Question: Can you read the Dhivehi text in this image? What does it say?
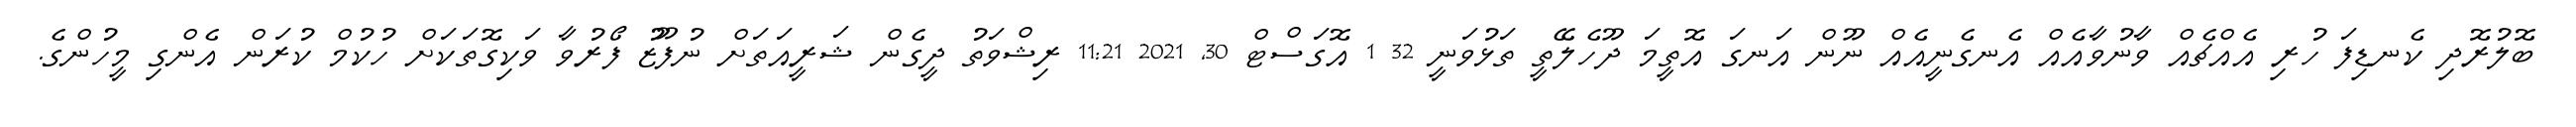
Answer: ބޮލުރޮދި ކެނޑިފަ ހުރި އެއްޗެއް ވާނުވާއެއް އެނގެނީއެއް ނޫން އަނގަ އޮތީމަ ދޫހެލޭތީ ތަޅުވަނީ 32 1 އޮގަސްޓް 30, 2021 11:21 ރިޝްވަތު ދީގެން ޝަރީއަތަށް ނުފޫޒު ފޯރުވާ ވަކިގޮތަކަށް ހުކުމް ކުރަން އެންގި މީހުންގެ.